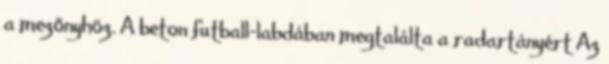
a mezőnyhöz. A beton futball-labdában megtalálta a radartányért Az